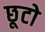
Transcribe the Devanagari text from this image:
छूटो